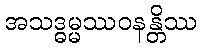
အသဒ္ဓမ္မဿဝနန္တိဿ